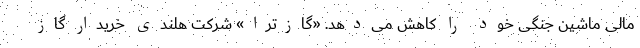
مالی ماشین جنگی خود را کاهش می‌دهد. «گازترا» شرکت هلندی خریدار گاز